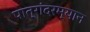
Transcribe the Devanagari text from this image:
पात्रांदरम्यान